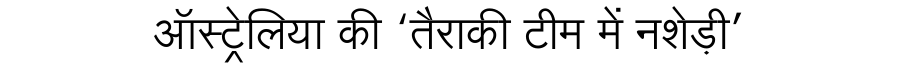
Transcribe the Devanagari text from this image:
ऑस्ट्रेलिया की ‘तैराकी टीम में नशेड़ी’